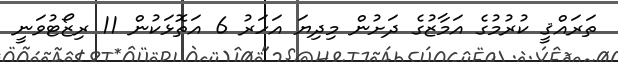
ތަރައްޤީ ކުރުމުގެ އަމާޒުގެ ދަށުން މިދިޔަ އަހަރު 6 އަތޮޅަކުން 11 ރިޒޯޓުވަނީ